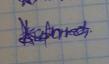
Signature authenticity: genuine